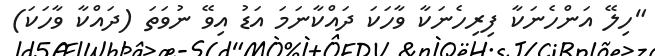
"ހިލޭ އަންހެނަކާ ފިރިހެނަކާ ވާހަކަ ދައްކާނަމަ އަޑު އިވޭ ނުވަތަ (ދައްކާ ވާހަކަ)